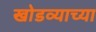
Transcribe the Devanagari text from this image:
खोडव्याच्या